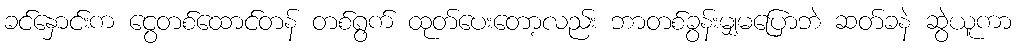
ခင်နှောင်းက ငွေတစ်ထောင်တန် တစ်ရွက် ထုတ်ပေးတော့လည်း ဘာတစ်ခွန်းမျှမပြောဘဲ ဆတ်ခနဲ ဆွဲယူကာ